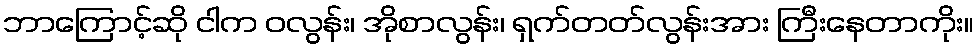
ဘာကြောင့်ဆို ငါက ဝလွန်း၊ အိုစာလွန်း၊ ရှက်တတ်လွန်းအား ကြီးနေတာကိုး။